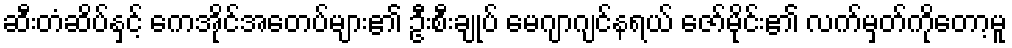
ဆီးတံဆိပ်နှင့် ကေအိုင်အေတပ်များ၏ ဦးစီးချုပ် မေဂျာဂျင်နရယ် ဇော်မိုင်း၏ လက်မှတ်ကိုတော့မူ